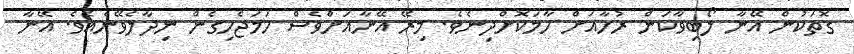
ގޮތަކުން އޭނާ ލޯބިވާކަން ރުހާއަށް ހާމަކޮށްދިނެވެ. މިރޭ އޭނާއަށްވެސް ހަމަޖެހިގެން ނިދާލެވޭނެއެވެ. އޭނާ